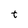
Character: t